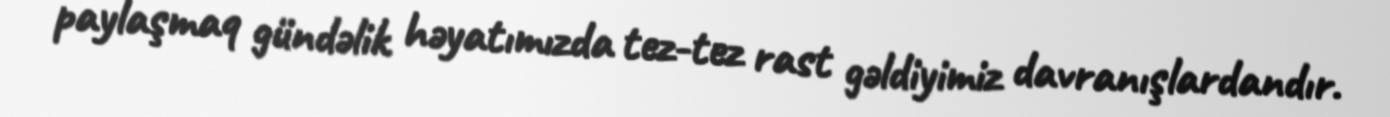
paylaşmaq gündəlik həyatımızda tez-tez rast gəldiyimiz davranışlardandır.